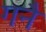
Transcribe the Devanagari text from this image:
गनै